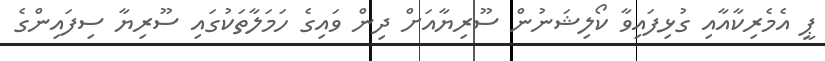
ޕީ އެމެރިކާއާއި ގުޅިފައިވާ ކޯލިޝަނުން ސޫރިޔާއަށް ދިން ވައިގެ ހަމަލާތަކުގައި ސޫރިޔާ ސިފައިންގެ